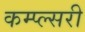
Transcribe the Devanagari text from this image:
कम्प्ल्सरी